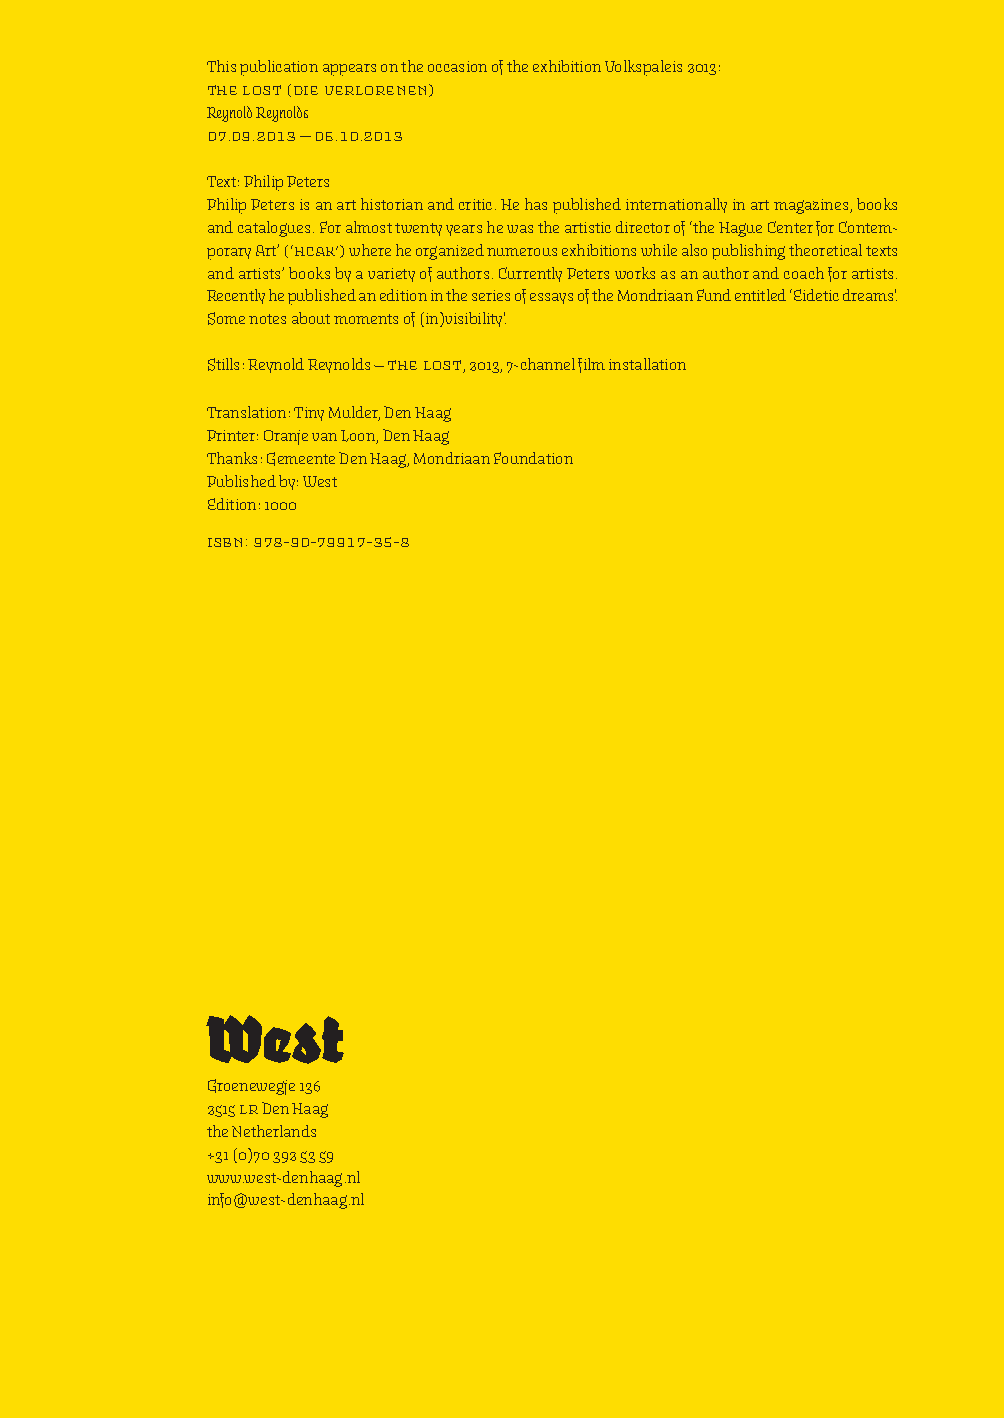
This publication appears on the occasion of the exhibition Volkspaleis 2013:
 The Lost (Die Verlorenen)
 Reynold Reynolds
 07.09.2013 — 06.10.2013
 Text: Philip Peters
 Philip Peters is an art historian and critic. He has published internationally in art magazines, books
 and catalogues. For almost twenty years he was the artistic director of ‘the Hague Center for Contem-
 porary Art’ (‘HCAK’)where he organized numerous exhibitions while also publishing theoretical texts
 and artists’ books by a variety of authors. Currently Peters works as an author and coach for artists.
 Recently he published an edition in the series of essays of the Mondriaan Fund entitled ‘Eidetic dreams'.
 Some notes about moments of (in)visibility'.
 Stills: Reynold Reynolds — The Lost, 2013, 7-channel film installation
 Translation: Tiny Mulder, Den Haag
 Printer: Oranje van Loon, Den Haag
 Thanks: Gemeente Den Haag, Mondriaan Foundation
 Published by: West
 Edition: 1000
 isbn: 978-90-79917-35-8
 West
 Groenewegje 136
 2515 LRDen Haag
 the Netherlands
 +31 (0)70 392 53 59
 www.west-denhaag.nl
 info@west-denhaag.nl